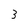
Character: 3